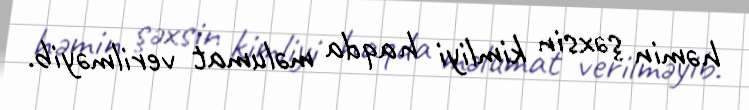
həmin şəxsin kimliyi haqda məlumat verilməyib.